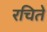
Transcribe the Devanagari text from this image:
रचिते